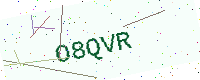
Text: O8QVR